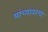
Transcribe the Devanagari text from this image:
यांच्यावरचा